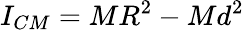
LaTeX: I_{CM}=MR^{2}-Md^{2}